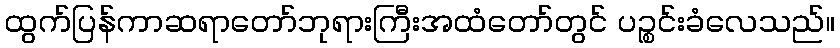
ထွက်ပြန်ကာဆရာတော်ဘုရားကြီးအထံတော်တွင် ပဉ္စင်းခံလေသည်။